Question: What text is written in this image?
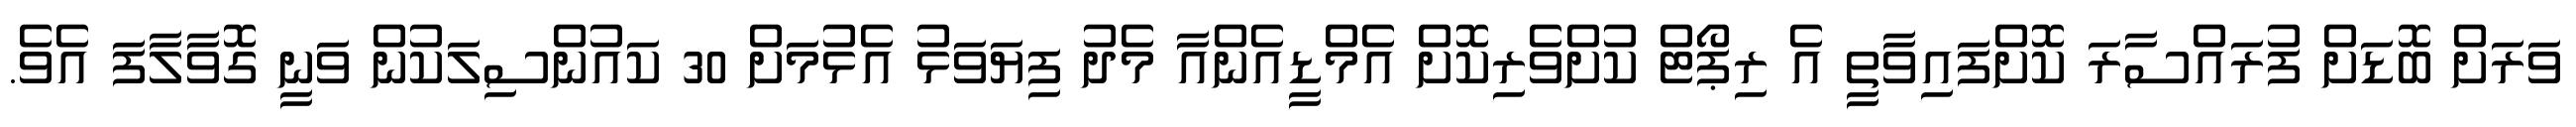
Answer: ވަރަށް ބޮޑަށް ފުރައްސާރަ ކޮށްފައިވާތީ އެ ރިޕޯޓް ކުށްވެރިކޮށް އެމްޑީއެންއާ މެދު ފިޔަވަޅު އެޅުމަށް 30 ކައުންސިލަކުން ވަނީ ގޮވާލާފަ އެވެ.